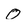
Character: O